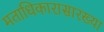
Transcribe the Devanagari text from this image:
मताधिकारासारख्या